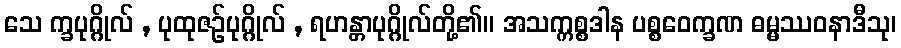
သေ က္ခပုဂ္ဂိုလ် , ပုထုဇဉ်ပုဂ္ဂိုလ် , ရဟန္တာပုဂ္ဂိုလ်တို့၏။ အသက္ကစ္စဒါန ပစ္စဝေက္ခဏ ဓမ္မဿဝနာဒီသု၊